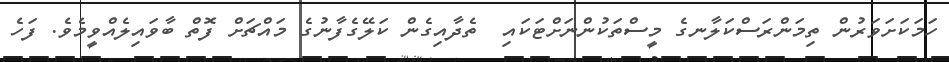
ހަމަކަށަވަރުން ތިމަންރަސްކަލާނގެ މީސްތަކުންނަށްޓަކައި  ތެދާއިގެން ކަލޭގެފާނުގެ މައްޗަށް ފޮތް ބާވައިލެއްވީމެވެ. ފަހެ